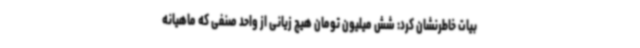
بیات خاطرنشان کرد: شش میلیون تومان هیچ زیانی از واحد صنفی که ماهیانه